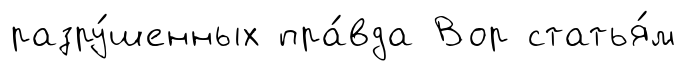
разру́шенных пра́вда Вор статья́м